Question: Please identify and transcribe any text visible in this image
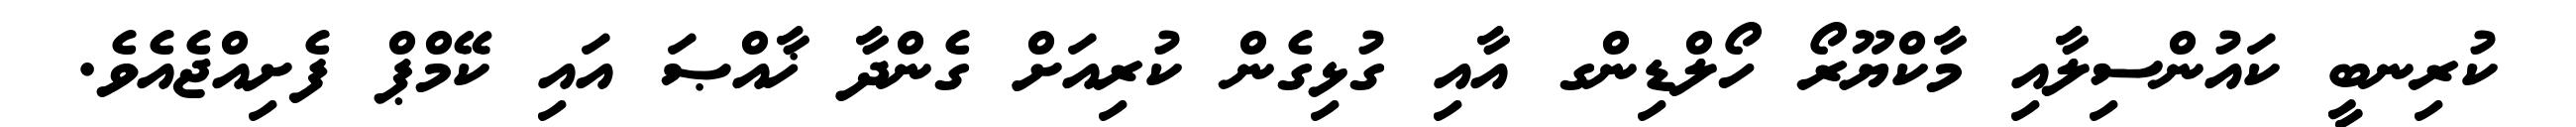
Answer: ކުރިނބީ ކައުންސިލާއި މާކްޔޫރޯ ހޯލްޑިންގ އާއި ގުޅިގެން ކުރިއަށް ގެންދާ ޚާއްޞަ އައި ކޭމްޕް ފެށިއްޖެއެވެ.